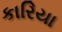
કારિયા